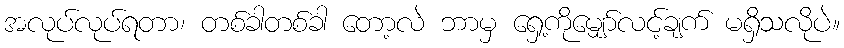
အလုပ်လုပ်ရတာ၊ တစ်ခါတစ်ခါ တော့လဲ ဘာမှ ရှေ့ကိုမျှော်လင့်ချက် မရှိသလိုပဲ။